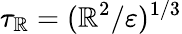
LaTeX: \tau_{{\mathbb{R}}}=({\mathbb{R}}^{2}/\varepsilon)^{1/3}